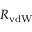
R _ { \mathrm { v d W } }